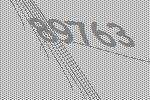
89763